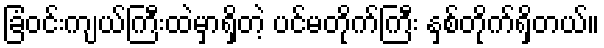
ခြံဝင်းကျယ်ကြီးထဲမှာရှိတဲ့ ပင်မတိုက်ကြီး နှစ်တိုက်ရှိတယ်။